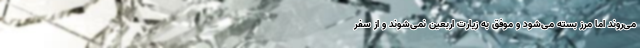
می‌روند اما مرز بسته می‌شود و موفق به زیارت اربعین نمی‌شوند و از سفر